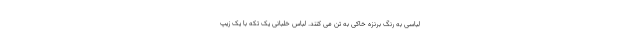
لباسی به رنگ برنزه خاکی به تن می کنند. لباس خلبانی یک تکه با یک زیپ